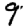
Digit: 9